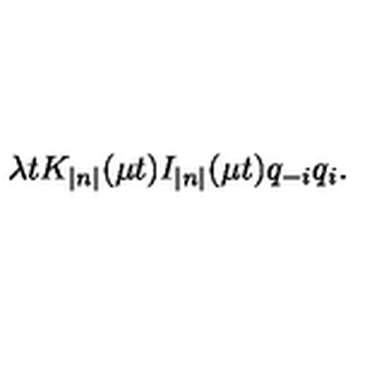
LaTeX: \lambda t K _ { \left| n \right| } ( \mu t ) I _ { \left| n \right| } ( \mu t ) q _ { - i } q _ { i } .